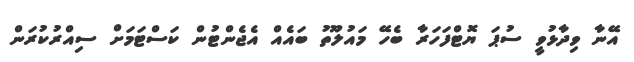
އޭނާ ވިދާޅުވީ ސުޕަ ޔޮޓްފަހަރާ ބެހޭ މައުލޫތު ބައެއް އެޖެންޓުން ކަސްޓަމަށް ސިއްރުކުރަން